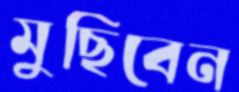
মুছিবেন